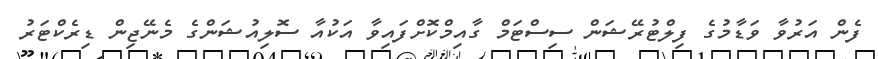
ފެން އަރުވާ ވަޑާމުގެ ފިލްޓުރޭޝަން ސިސްޓަމް ގާއިމްކޮށްފައިވާ އަކުއާ ސޮލިއުޝަންގެ މެނޭޖިން ޑިރެކްޓަރު